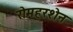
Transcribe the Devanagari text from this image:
रोमहरशेन